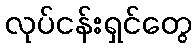
လုပ်ငန်းရှင်တွေ